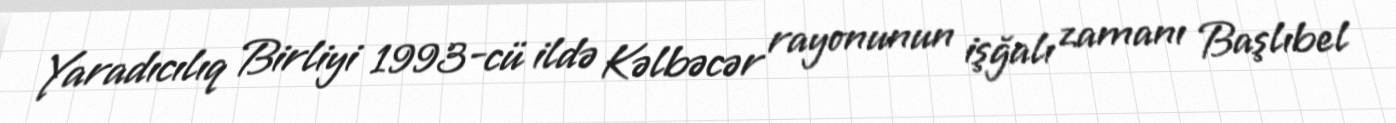
Yaradıcılıq Birliyi 1993-cü ildə Kəlbəcər rayonunun işğalı zamanı Başlıbel